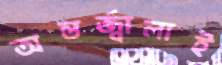
অন্তর্জ্বালাই